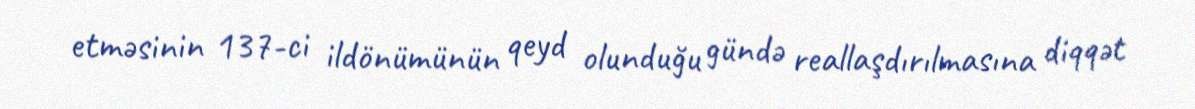
etməsinin 137-ci ildönümünün qeyd olunduğu gündə reallaşdırılmasına diqqət